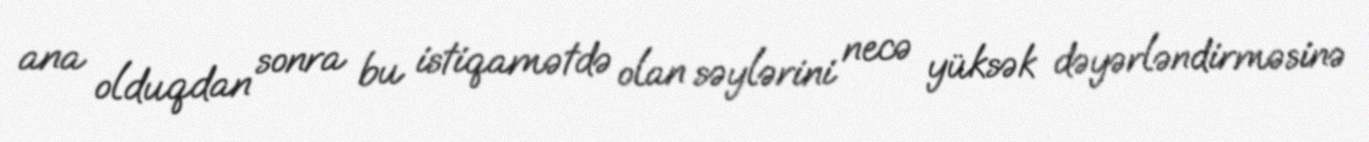
ana olduqdan sonra bu istiqamətdə olan səylərini necə yüksək dəyərləndirməsinə